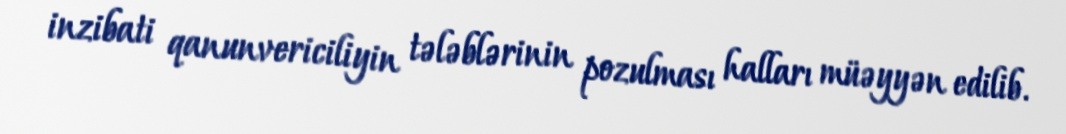
inzibati qanunvericiliyin tələblərinin pozulması halları müəyyən edilib.